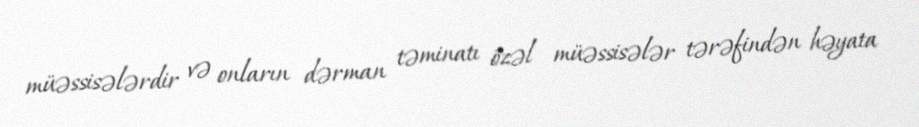
müəssisələrdir və onların dərman təminatı özəl müəssisələr tərəfindən həyata